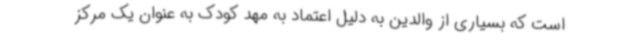
است که بسیاری از والدین به دلیل اعتماد به مهد کودک به عنوان یک مرکز